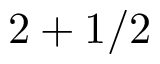
2 + 1 / 2